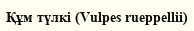
Құм түлкі (Vulpes rueppellii)